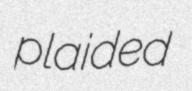
plaided